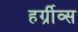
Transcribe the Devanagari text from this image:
हर्ग्रीव्स